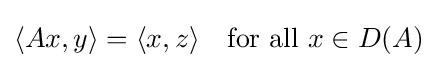
\langle Ax,y\rangle =\langle x,z\rangle \quad {\mbox{for all }}x\in D(A)